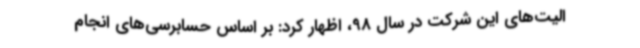
الیت‌های این شرکت در سال 98، اظهار کرد: بر اساس حسابرسی‌های انجام